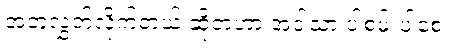
အတူလွှတ်လိုက်တယ် ဆိုတဲ့ဟာ အဲဒါသာ ပါစမ်းပါစေ။